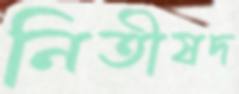
নিতীষদ